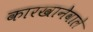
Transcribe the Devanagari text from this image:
कारखानेवाले